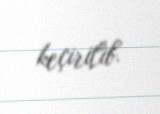
keçirilib.